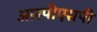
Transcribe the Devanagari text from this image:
आरपीएसपी